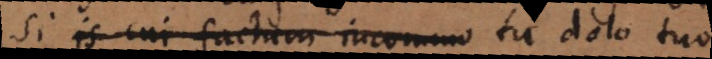
Si is cui factum incommo tu dolo tuo